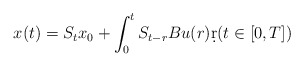
\begin{align*}x(t)=S_{t}x_{0}+\int_{0}^{t} S_{t-r}Bu(r)\d r(t\in[0,T])\end{align*}